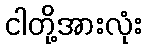
ငါတို့အားလုံး